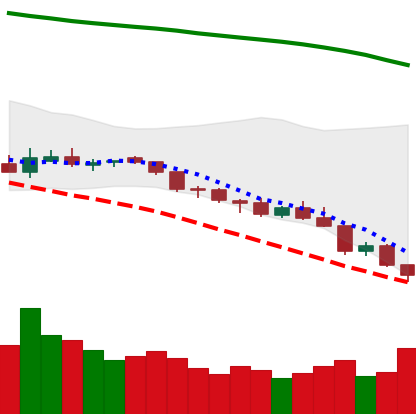
Ticker: NEO-USD
Chart end date: 2018-08-11
Forward return: -13.459%
Label: down_7plus